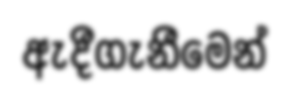
ඇදීගැනීමෙන්